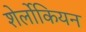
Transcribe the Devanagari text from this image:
शेर्लोकियन